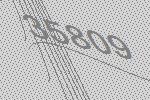
35809